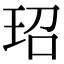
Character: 玿